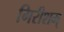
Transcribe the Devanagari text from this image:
गिरीशम्